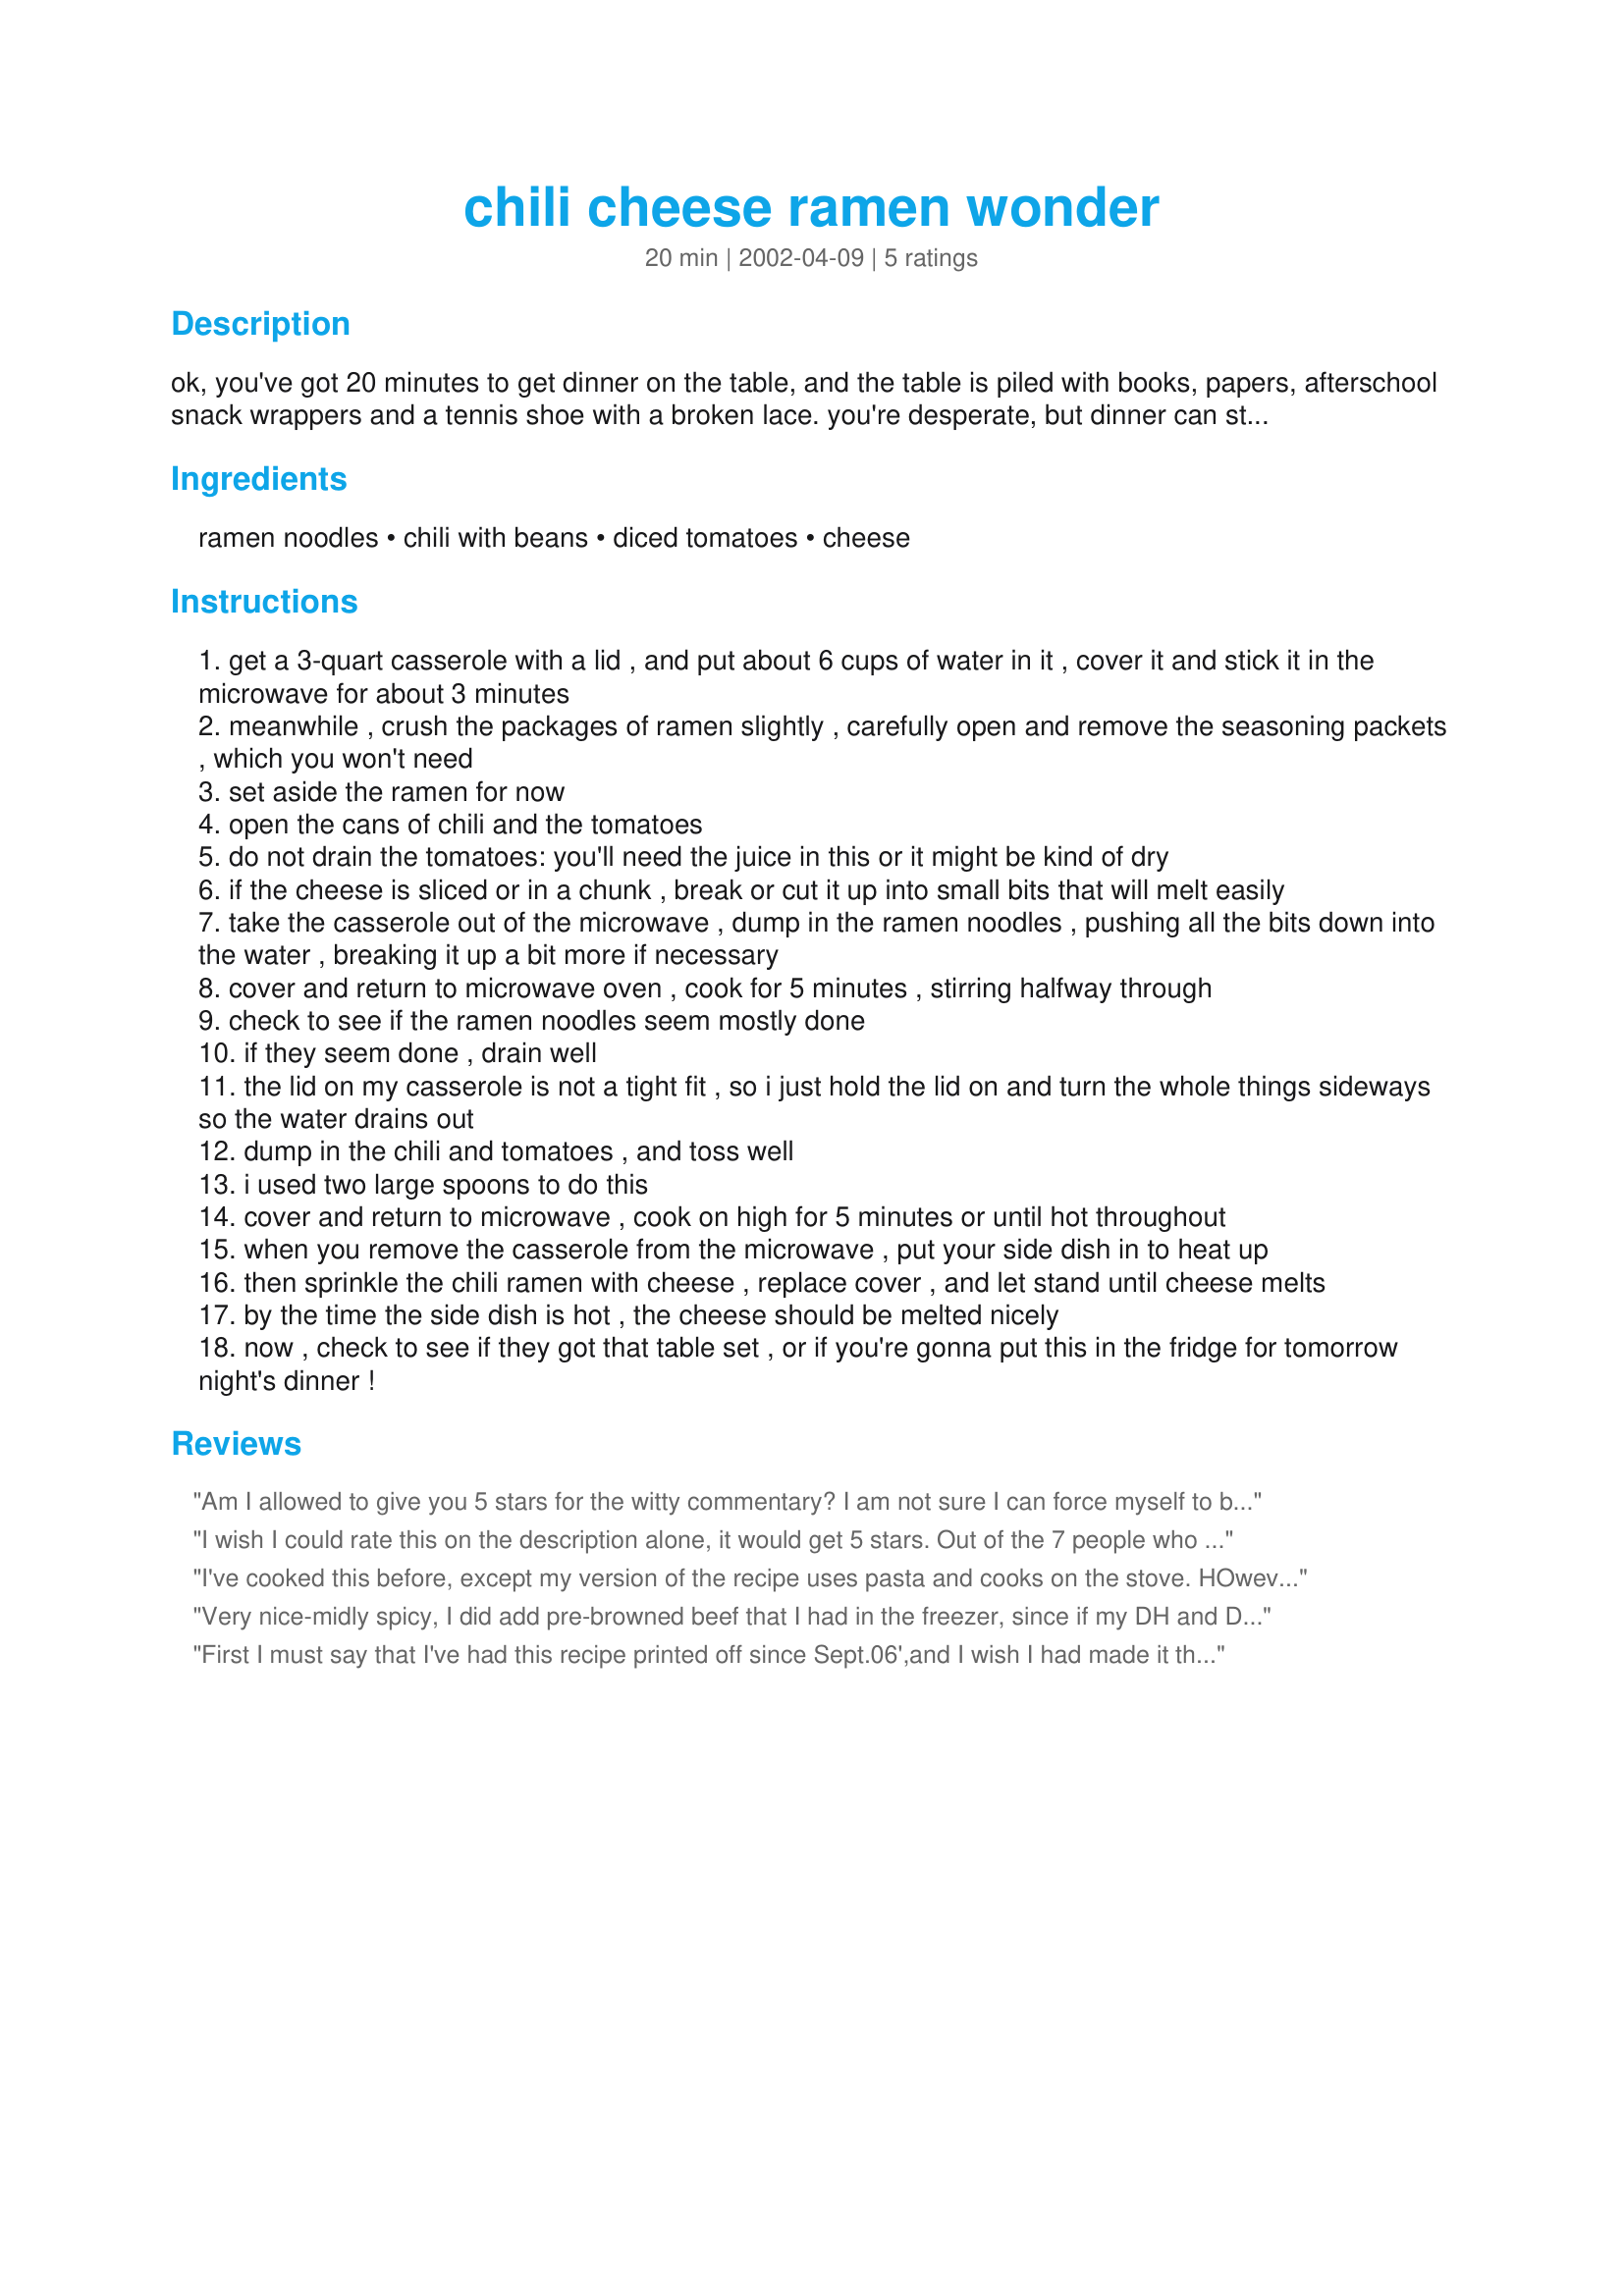
chili cheese ramen wonder
Preparation time: 20 minutes

ok, you've got 20 minutes to get dinner on the table, and the table is piled with books, papers, afterschool snack wrappers and a tennis shoe with a broken lace. you're desperate, but dinner can still be delicious, and yes, you can get it done fast! so, you walk into your pantry, grab a few items, and pat yourself on the back for making those wise purchases. dinner will be a snap! call the kids and/or the spouse (most of the junk on the table is theirs, anyway, right? you wouldn't pile stuff on there.) and issue the ultimatum:

Ingredients:
ramen noodles, chili with beans, diced tomatoes, cheese

Steps:
get a 3-quart casserole with a lid , and put about 6 cups of water in it , cover it and stick it in the microwave for about 3 minutes
meanwhile , crush the packages of ramen slightly , carefully open and remove the seasoning packets , which you won't need
set aside the ramen for now
open the cans of chili and the tomatoes
do not drain the tomatoes: you'll need the juice in this or it might be kind of dry
if the cheese is sliced or in a chunk , break or cut it up into small bits that will melt easily
take the casserole out of the microwave , dump in the ramen noodles , pushing all the bits down into the water , breaking it up a bit more if necessary
cover and return to microwave oven , cook for 5 minutes , stirring halfway through
check to see if the ramen noodles seem mostly done
if they seem done , drain well
the lid on my casserole is not a tight fit , so i just hold the lid on and turn the whole things sideways so the water drains out
dump in the chili and tomatoes , and toss well
i used two large spoons to do this
cover and return to microwave , cook on high for 5 minutes or until hot throughout
when you remove the casserole from the microwave , put your side dish in to heat up
then sprinkle the chili ramen with cheese , replace cover , and let stand until cheese melts
by the time the side dish is hot , the cheese should be melted nicely
now , check to see if they got that table set , or if you're gonna put this in the fridge for tomorrow night's dinner !

Reviews:
Am I allowed to give you 5 stars for the witty commentary? I am not sure I can force myself to buy ramen noodles (ate too many of them in my poor college student days!)
I wish I could rate this on the description alone, it would get 5 stars. Out of the 7 people who tried to eat this not one of them liked it, I made it exactly as described and it was incredibly blah, no flavor, so I added hamburger as on review suggested. It gave it some texture at least but still not much flavor. Sadly our dog who always begs for table scraps wouldn't even eat it so it ended up in the garbage.
I've cooked this before, except my version of the recipe uses pasta and cooks on the stove. HOwever, i just need to give it a 5* because it's a fun recipe to read (^_^) and I will definetly send it to my neice who's in college and time-craved for a good meal. You go "thatbobbiegirl"! =)
Very nice-midly spicy, I did add pre-browned beef that I had in the freezer, since if my DH and DS's can't see the meat they won't eat it. I did forget to add the cheese though!
Thank You ThatBobbie Girl!
First I must say that I've had this recipe printed off since Sept.06',and I wish I had made it then.It's really a very good recipe.I was debating whether to use two or three packages of noodles and I'm so glad I used all three,now we had plenty to feed the human garbage disposal( my son :)).For the chili I used leftovers of Recipe#37150 that I had in my freezer.
And still had pleny of leftovers for 3 extra servings.I asked my family if this recipe was a repeat and they said sure.So, this will be made again.Thank you for posting
this recipe."Keep Smiling:)"
